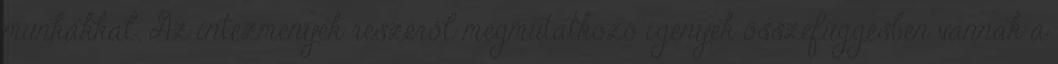
munkákkal. Az intézmények részéről megmutatkozó igények összefüggésben vannak a